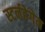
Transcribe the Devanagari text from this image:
स्टर्नहेगेन